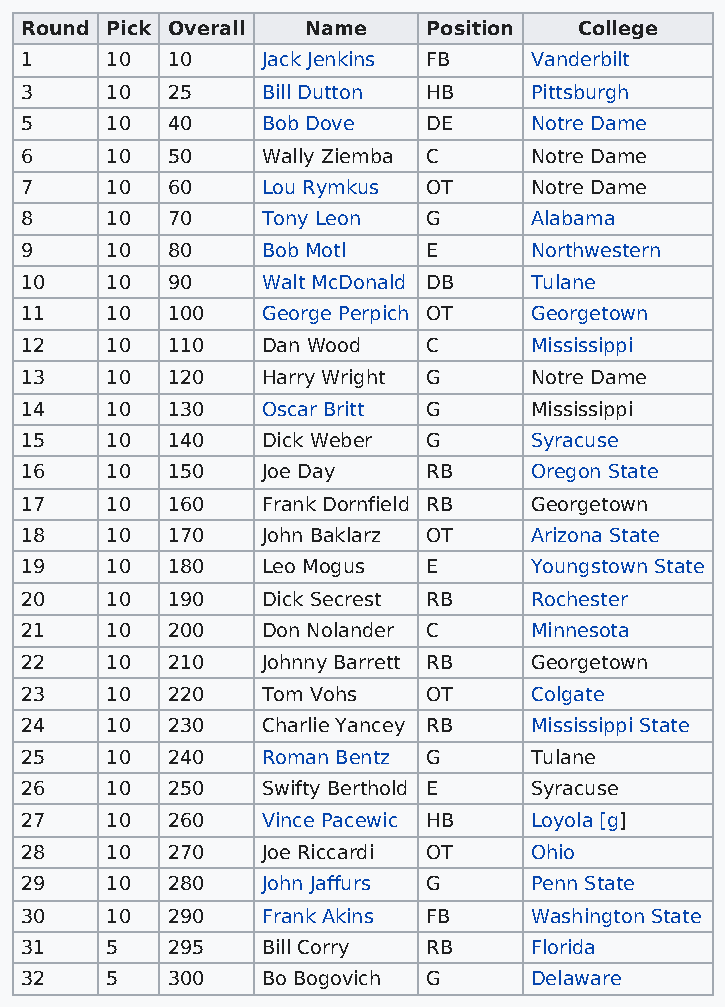
Round Pick Overall Name    Position  College
 1     10  10    Jack Jenkins FB   Vanderbilt
 3     10  25    Bill Dutton HB    Pittsburgh
 5     10  40    Bob Dove   DE     Notre Dame
 6     10  50    Wally Ziemba C    Notre Dame
 7     10  60    Lou Rymkus OT     Notre Dame
 8     10  70    Tony Leon  G      Alabama
 9     10  80    Bob Motl   E      Northwestern
 10    10  90    Walt McDonald DB  Tulane
 11    10  100   George Perpich OT Georgetown
 12    10  110   Dan Wood   C      Mississippi
 13    10  120   Harry Wright G    Notre Dame
 14    10  130   Oscar Britt G     Mississippi
 15    10  140   Dick Weber G      Syracuse
 16    10  150   Joe Day    RB     Oregon State
 17    10  160   Frank Dornfield RB Georgetown
 18    10  170   John Baklarz OT   Arizona State
 19    10  180   Leo Mogus  E      Youngstown State
 20    10  190   Dick Secrest RB   Rochester
 21    10  200   Don Nolander C    Minnesota
 22    10  210   Johnny Barrett RB Georgetown
 23    10  220   Tom Vohs   OT     Colgate
 24    10  230   Charlie Yancey RB Mississippi State
 25    10  240   Roman Bentz G     Tulane
 26    10  250   Swifty Berthold E Syracuse
 27    10  260   Vince Pacewic HB  Loyola [g]
 28    10  270   Joe Riccardi OT   Ohio
 29    10  280   John Jaffurs G    Penn State
 30    10  290   Frank Akins FB    Washington State
 31    5   295   Bill Corry RB     Florida
 32    5   300   Bo Bogovich G     Delaware